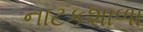
નાટકશાળા